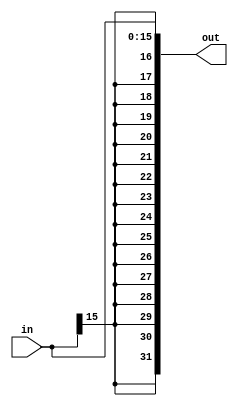
module signextension #(parameter WIDTH=32)(
    input   [15:0]      in,
    output  [WIDTH-1:0] out               );
    
    assign out = {{WIDTH-16{in[15]}},in};
    
endmodule